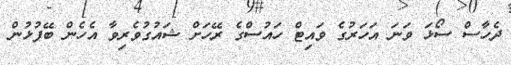
ދެހާސް ސޯޅަ ވަނަ އަހަރުގެ ވައިޓް ހައުސްގެ ރޭހަށް ޝައުގުވެރިވާ އެހެން ބޭފުޅުން